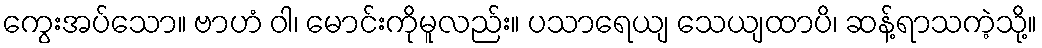
ကွေးအပ်သော။ ဗာဟံ ဝါ၊ မောင်းကိုမူလည်း။ ပသာရေယျ သေယျထာပိ၊ ဆန့်ရာသကဲ့သို့။